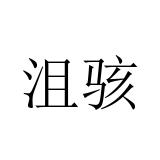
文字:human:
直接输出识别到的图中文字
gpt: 沮骇